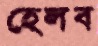
হেলব